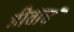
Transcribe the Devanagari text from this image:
गीताचं